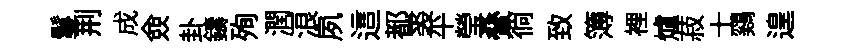
鬘荆成僉卦鑄殉潤浪夙這都裘平瑩叠徜致簿裡爐菽士鷄遑